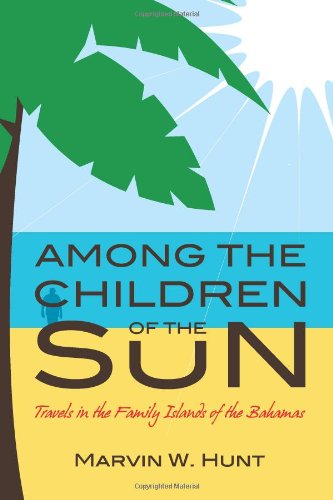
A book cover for Among the Children of the Sun: Travels In the Family Islands of the Bahamas; Marvin W. Hunt; Travel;